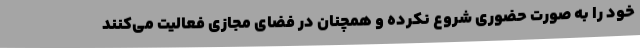
خود را به صورت حضوری شروع نکرده و همچنان در فضای مجازی فعالیت می‌کنند